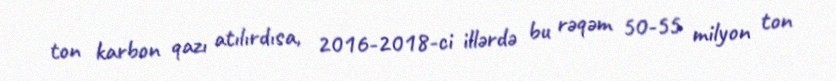
ton karbon qazı atılırdısa, 2016-2018-ci illərdə bu rəqəm 50-55 milyon ton